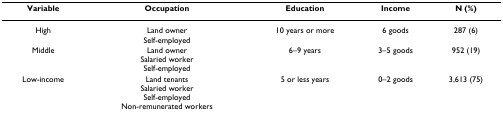
<table><thead><tr><td><b>Variable</b></td><td><b>Occupation</b></td><td><b>Education</b></td><td><b>Income</b></td><td><b>N (%)</b></td></tr></thead><tbody><tr><td>High</td><td>Land ownerSelf-employed</td><td>10 years or more</td><td>6 goods</td><td>287 (6)</td></tr><tr><td>Middle</td><td>Land ownerSalaried workerSelf-employed</td><td>6–9 years</td><td>3–5 goods</td><td>952 (19)</td></tr><tr><td>Low-income</td><td>Land tenantsSalaried workerSelf-employedNon-remunerated workers</td><td>5 or less years</td><td>0–2 goods</td><td>3,613 (75)</td></tr></tbody></table>